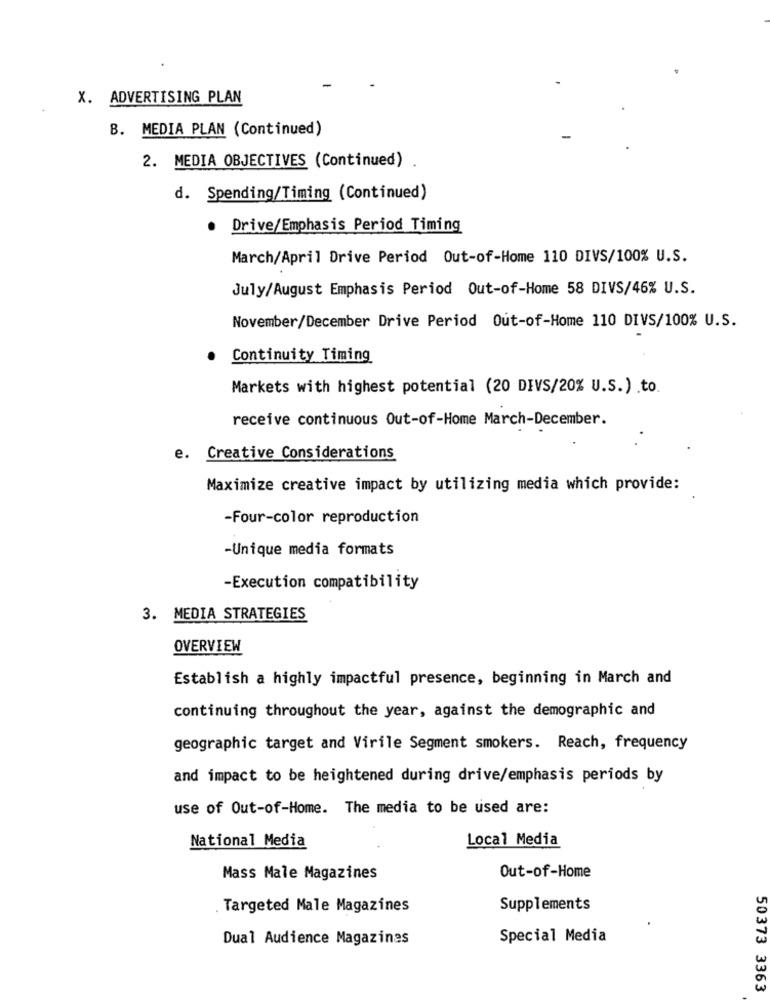
X. ADVERTISING PLAN
B. MEDIA PLAN (Continued)
2. MEDIA OBJECTIVES (Continued) .
d. Spending/Timing (Continued)
Drive/Emphasis Period Timing
March/April Drive Period Out-of-Home 110 DIVS/100% U.S.
July/August Emphasis Period Out-of-Home 58 DIVS/46% U.S.
November/December Drive Period Out-of-Home 110 DIVS/100% U.S.
Continuity Timing
Markets with highest potential (20 DIVS/20% U.S.) .to.
receive continuous Out-of-Home March-December.
e. Creative Considerations
Maximize creative impact by utilizing media which provide:
-Four-color reproduction
-Unique media formats
-Execution compatibility
3. MEDIA STRATEGIES
OVERVIEW
Establish a highly impactful presence, beginning in March and
continuing throughout the year, against the demographic and
geographic target and Virile Segment smokers. Reach, frequency
and impact to be heightened during drive/emphasis periods by
use of Out-of-Home. The media to be used are:
National Media
Local Media
Mass Male Magazines
Out-of-Home
Targeted Male Magazines
Supplements
Dual Audience Magazines
Special Media
50373 3363